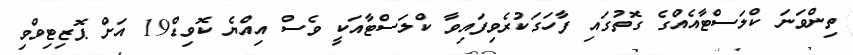
ތިންވަނަ ކްލަސްޓާއެއްގެ ގޮތުގައި ފާހަގަކުރެވިފައިވާ ކްލަސްޓާއަކީ ވެސް އިއްޔެ ކޮވިޑް19 އަށް ޕޮޒިޓިވްވި